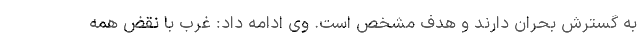
به گسترش بحران دارند و هدف مشخص است. وی ادامه داد: غرب با نقض همه